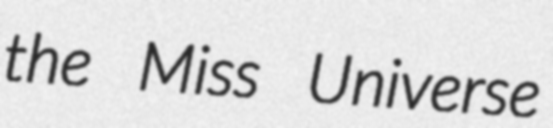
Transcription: the Miss Universe